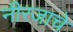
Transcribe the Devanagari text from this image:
नीरजाचे